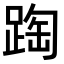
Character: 𨂆